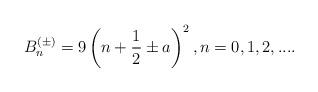
LaTeX: \begin{align*}B_{n}^{(\pm)} =9\left( n + \frac{1}{2} \pm a \right) ^{2},n=0,1,2,.... \end{align*}